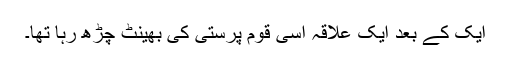
ایک کے بعد ایک علاقہ اسی قوم پرستی کی بھینٹ چڑھ رہا تھا۔